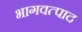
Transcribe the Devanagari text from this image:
भागवत्पाद